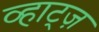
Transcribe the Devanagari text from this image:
व्हाट्ज़